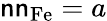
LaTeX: \mathsf{n}\mathsf{n}_{\mathrm{{Fe}}}={a}